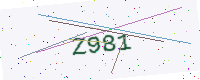
Text: Z981